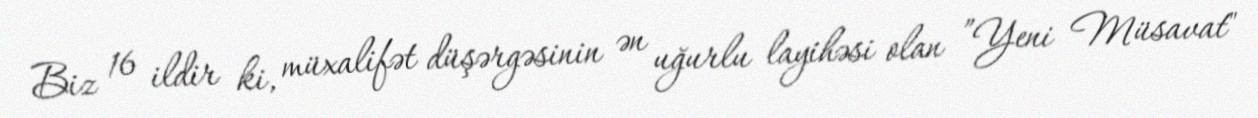
Biz 16 ildir ki, müxalifət düşərgəsinin ən uğurlu layihəsi olan ”Yeni Müsavat"